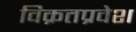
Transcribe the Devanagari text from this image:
विक्रतप्रवेश